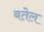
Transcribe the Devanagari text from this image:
बतेल